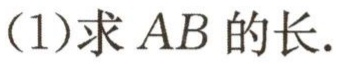
(1)求 \(AB\) 的长.